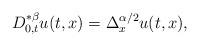
LaTeX: \begin{align*}D^{* \beta}_{0,t}u(t,x)=\Delta^{\alpha/2}_{x}u(t,x),\end{align*}